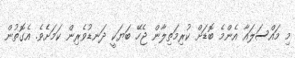
މި މައްސަލައާ އެންމެ ބޮޑަށް ކުރިމަތިލާން ޖެހޭ ބަޔަކީ ދަނޑުވެެރިން ކަމަށެެވެެ. އެެގޮތުން